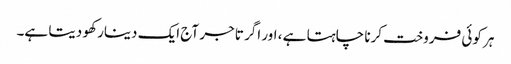
ہر کوئی فروخت کرنا چاہتا ہے ، اور اگر تاجر آج ایک دینار کھو دیتا ہے۔